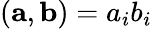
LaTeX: ({\mathbf a},{\mathbf b})=a_{i}b_{i}